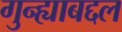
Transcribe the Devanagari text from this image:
गुन्ह्याबद्दल